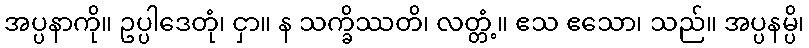
အပ္ပနာကို။ ဥပ္ပါဒေတုံ၊ ငှာ။ န သက္ခိဿတိ၊ လတ္တံ့။ ဧသ ဧသော၊ သည်။ အပ္ပနမ္ပိ၊